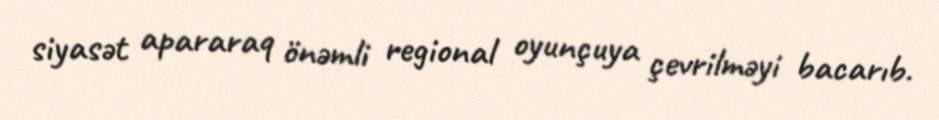
siyasət apararaq önəmli regional oyunçuya çevrilməyi bacarıb.